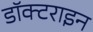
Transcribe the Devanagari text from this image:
डॉक्टराइन